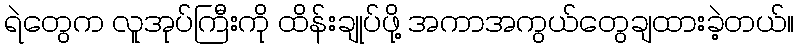
ရဲတွေက လူအုပ်ကြီးကို ထိန်းချုပ်ဖို့ အကာအကွယ်တွေချထားခဲ့တယ်။